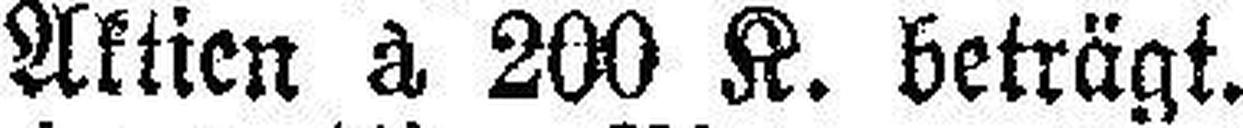
Aktien à 200 K. beträgt.